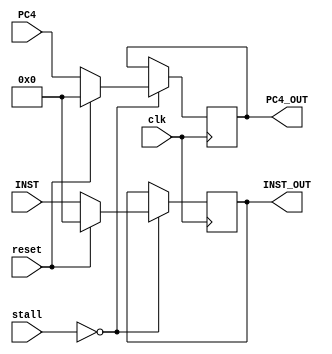
`timescale 1ns / 1ps 
//////////////////////////////////////////////////////////////////////////////////
// Company:
// Engineer:
//
// Design Name:
// Module Name: IF_ID
// Project Name:
// Target Devices:
// Tool Versions:
// Description:
//
// Dependencies:
//
// Revision:
// Revision 0.01 - File Created
// Additional Comments:
//
//////////////////////////////////////////////////////////////////////////////////


module IF_ID(
           input reset,
           input clk,
           input [2: 0] stall,
           input [31: 0] INST,
           input [31: 0] PC4,
           output reg [31: 0] INST_OUT,
           output reg [31: 0] PC4_OUT
       );


always @(posedge clk) begin
    // $stop;

    // do not change ID when stalled
    if (!stall) begin
        if (reset) begin
            PC4_OUT = 0;
            INST_OUT = 0;
        end
        else begin
            PC4_OUT = PC4;
            INST_OUT = INST;
        end
    end
end

endmodule